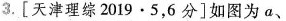
3.[天津理综2019\cdot 5，6分]如图为a、